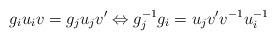
LaTeX: \begin{align*}g_i u_iv = g_ju_jv' \Leftrightarrow g_j^{-1}g_i = u_jv'v^{-1}u_i^{-1}\end{align*}